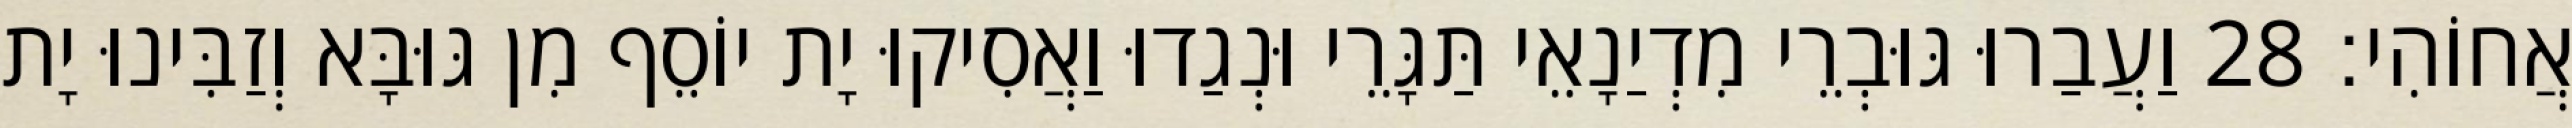
אֲחוֹהִי׃ 28 וַעֲבַרוּ גּוּבְרֵי מִדְיַנָאֵי תַּגָּרֵי וּנְגַדוּ וַאֲסִיקוּ יָת יוֹסֵף מִן גּוּבָּא וְזַבִּינוּ יָת